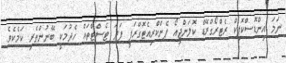
ނަމަ އިންޑޮސްކޮޕިކް ރެޓްރޯގްރޭޑް ކޮލަންޖިއޯ ޕެންކްރިއެޓޮގްރަފީ ފަދަ ޓެސްޓްތައް ހެދުމަކީ ބޭނުންތެރި ކަމެކެވެ.